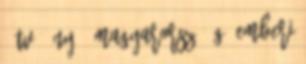
í tv á ny – Magyarorsz á g. Emberi